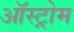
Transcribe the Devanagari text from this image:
ऑस्ट्रोम